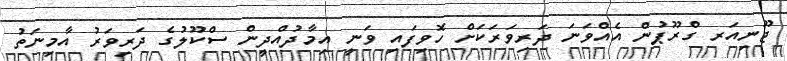
ޖޫނިއަރ ގްރޫޕުން އެއްވަނަ ދަރިވަރަކަށް ހޮވިފައި ވަނީ އިމާދުއްދީން ސްކޫލުގެ ދަރިވަރު އާމިނަތު